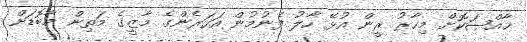
ޚާއްޞަކޮށް މިހާރު ރީން އުޅޭ ހާލު ފެނުމުން އަހަރެންގެ މާޒީގެ މަތިން މާބޮޑަށް